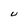
Character: U